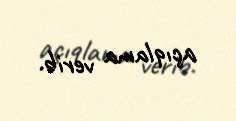
açıqlama verib.